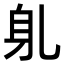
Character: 𬧠